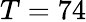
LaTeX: T=74